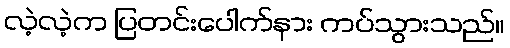
လဲ့လဲ့က ပြတင်းပေါက်နား ကပ်သွားသည်။